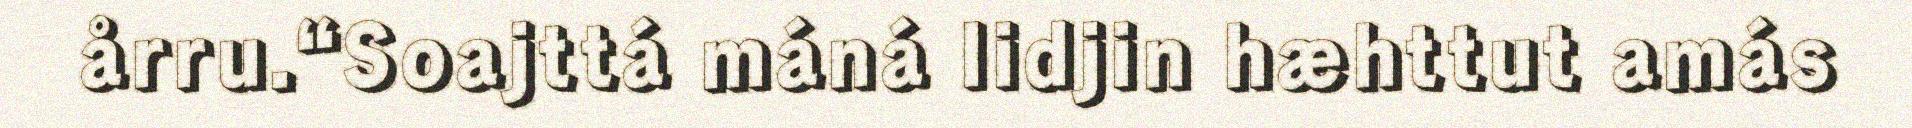
årru.“Soajttá máná lidjin hæhttut amás